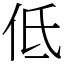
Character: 低